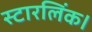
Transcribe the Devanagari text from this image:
स्टारलिंक।